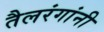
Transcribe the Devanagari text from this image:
तैलरंगांनी